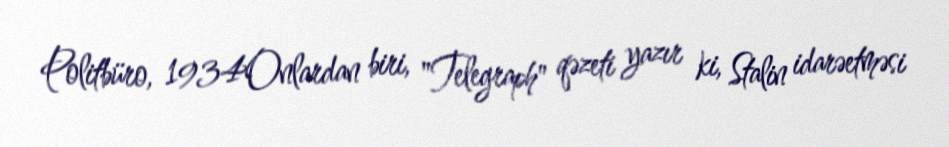
Politbüro, 1934Onlardan biri, "Telegraph" qəzeti yazır ki, Stalin idarəetməsi